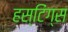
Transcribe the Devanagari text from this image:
हस्टिंग्स